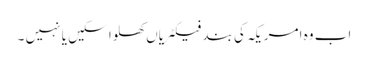
اب وہ امریکہ کی بند فیکٹریاں کھلوا سکیں یا نہیں ۔